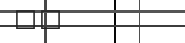
٥٢